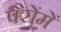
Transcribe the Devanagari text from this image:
पैरोंमें